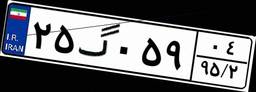
۲۵گ۰۵۹۰۴